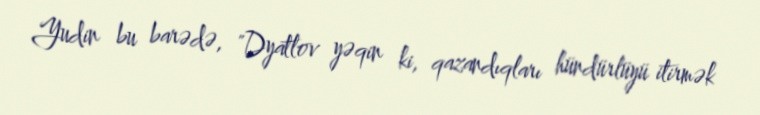
Yudin bu barədə, "Dyatlov yəqin ki, qazandıqları hündürlüyü itirmək